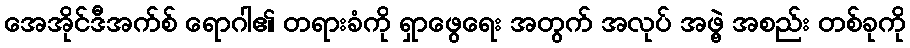
အေအိုင်ဒီအက်စ် ရောဂါ၏ တရားခံကို ရှာဖွေရေး အတွက် အလုပ် အဖွဲ့ အစည်း တစ်ခုကို